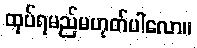
ထုပ်ရမည်မဟုတ်ပါလော။